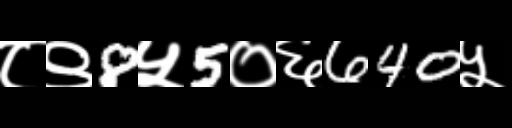
Text: ८९8५5०६640५